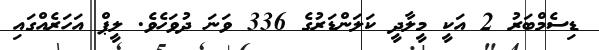
ޑިސެމްބަރު 2 އަކީ މީލާދީ ކަލަންޑަރުގެ 336 ވަނަ ދުވަހެވެ. ލީޕް އަހަރެއްގައި